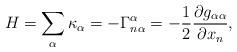
LaTeX: \begin{align*} H =\sum_\alpha \kappa_\alpha = -\Gamma^{\alpha}_{n\alpha} = -\frac{1}{2}\frac{\partial g_{\alpha\alpha}}{\partial x_n},\end{align*}